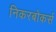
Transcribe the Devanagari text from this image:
निकरबोकर्स